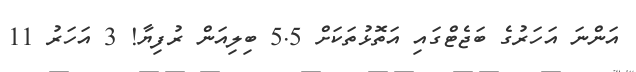
އަންނަ އަހަރުގެ ބަޖެޓްގައި އަތޮޅުތަކަށް 5.5 ބިލިއަން ރުފިޔާ! 3 އަހަރު 11